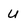
Character: u